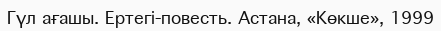
Гүл ағашы. Ертегі-повесть. Астана, «Көкше», 1999